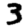
Digit: 3